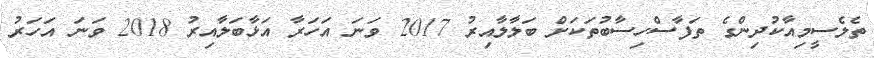
ތެލެސީމިއާކުދިންގެ ތަފާސްހިސާބުތަކަށް ބަލާލާއިރު 2017 ވަނަ އަހަރާ އަޅާބަލާއިރު 2018 ވަނަ އަހަރު